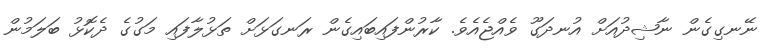
ނޭނގިގެން ނާޝިދުއަށް އުނދަގޫ ވެއްޖެއެވެ. ކާރުންފައިބައިގެން ރަނގަޅަށް ތަޅުލާފައި މަގުގެ ދެކޮޅު ބަލަމުން